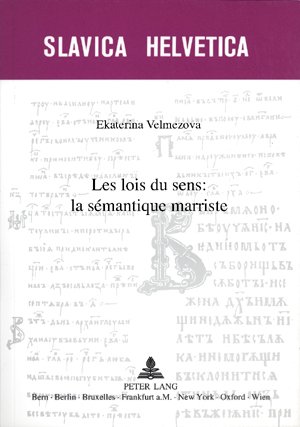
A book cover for Les lois du sens : la sÃ©mantique marriste (Slavica Helvetica) (French Edition); Ekaterina Velmezova; Literature & Fiction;